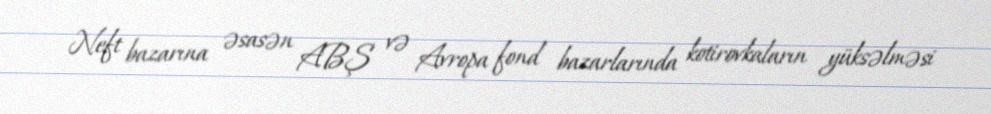
Neft bazarına əsasən ABŞ və Avropa fond bazarlarında kotirovkaların yüksəlməsi